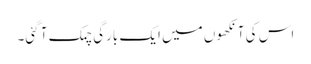
اس کی آنکھوں میں ایک بارگی چمک آ گئی۔